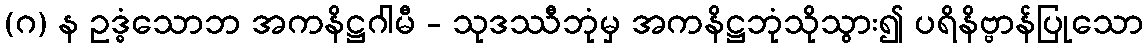
(ဂ) န ဥဒ္ဓံသောဘ အကနိဋ္ဌဂါမီ - သုဒဿီဘုံမှ အကနိဋ္ဌဘုံသိုသွား၍ ပရိနိဗ္ဗာန်ပြုသော